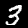
Label: 3